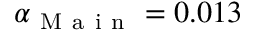
\alpha _ { \mathrm { ~ M ~ a ~ i ~ n ~ } } = 0 . 0 1 3